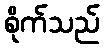
စိုက်သည်